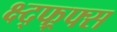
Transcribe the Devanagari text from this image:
क्ष्द्फ्र्फ्स